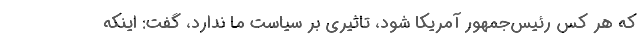
که هر کس رئیس‌جمهور آمریکا شود، تاثیری بر سیاست ما ندارد، گفت: اینکه